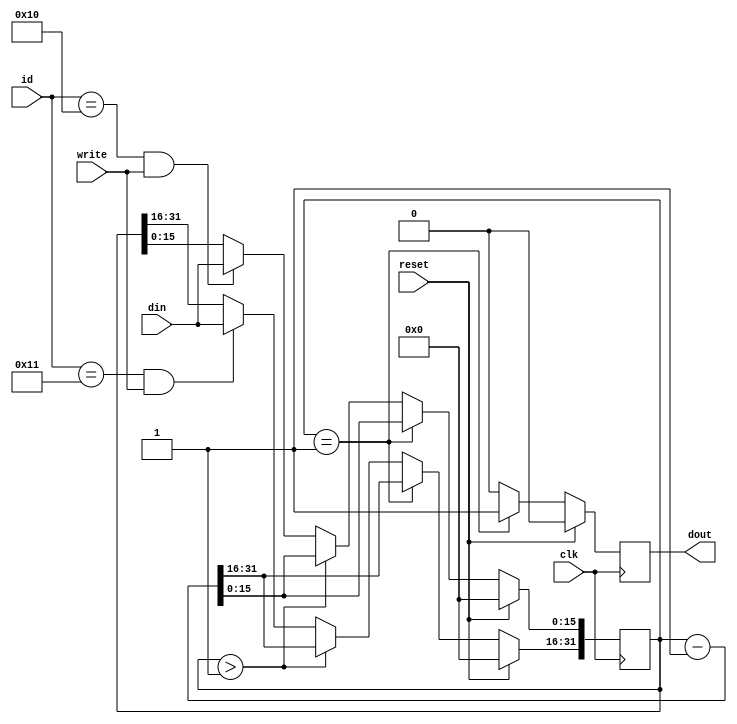
`timescale 1ns / 1ps

module timer(input clk, input write, input [15:0] id, input [15:0] din,
             input reset, output reg dout = 1'b0);

    parameter LOWER_TIMER = 16'h0010;
	 parameter UPPER_TIMER = 16'h0011;

    reg [31:0]timerreg = 32'h00000000;

    always @(posedge clk) begin
	     dout <= 1'b0;
		  
		  //Synchronous reset.   
        if(reset)
            timerreg <= 32'h00000000;
		  
		  else begin
		      //Load timer bits.
		      if(id == LOWER_TIMER && write)
                timerreg[15:0] <= din[15:0];
				
            if(id == UPPER_TIMER && write)
		          timerreg[31:16] <= din[15:0];
				
            //Decrement timer if not 0.
            if(timerreg[31:0] > 32'h00000001)			
                timerreg <= timerreg - 1'b1;
				
            //Timer is about to expire, send output strobe.
            if(timerreg[31:0] == 32'h00000001) begin
                timerreg <= timerreg - 1'b1;
				    dout <= 1'b1;
            end
        end
        					 
    end

endmodule